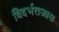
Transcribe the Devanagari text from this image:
विदर्भराजास